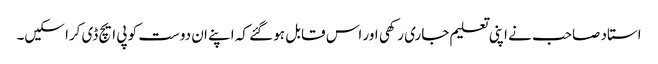
استاد صاحب نے اپنی تعلیم جاری رکھی اور اس قابل ہو گئے کہ اپنے ان دوست کو پی ایچ ڈی کرا سکیں۔